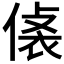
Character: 𧙾